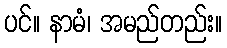
ပင်။ နာမံ၊ အမည်တည်း။